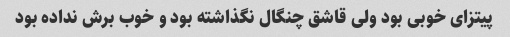
پیتزای خوبی بود ولی قاشق چنگال نگذاشته بود و خوب برش نداده بود